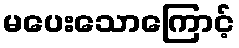
မပေးသောကြောင့်